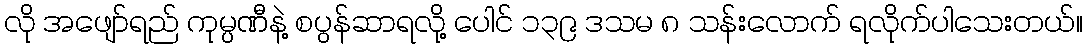
လို အဖျော်ရည် ကုမ္ပဏီနဲ့ စပွန်ဆာရလို့ ပေါင် ၁၃၉ ဒသမ ၈ သန်းလောက် ရလိုက်ပါသေးတယ်။